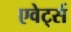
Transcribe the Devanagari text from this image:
एवेर्ट्स